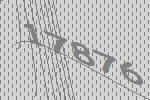
17876